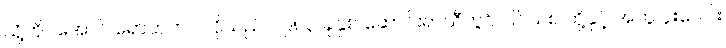
သို့တိုင်အောင် ရောဘတ်ဂါလိုသည် ၁၉၈၃ ခုနှစ် ဆောင်းရာသီတွင် ပြင်သစ် တို့နှင့် အတူ ပူးပေါင်း